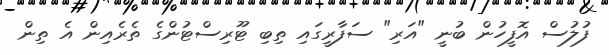
ފުލުސް އޮފީހުން ބުނީ "އަރި" ސަފާރީގައި ތިބި ޓޫރިސްޓުންގެ ތެރެއިން އެ ތިން